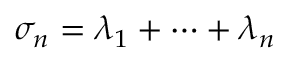
\sigma _ { n } = \lambda _ { 1 } + \cdots + \lambda _ { n }